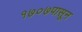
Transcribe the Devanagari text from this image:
१७०७पासून